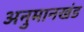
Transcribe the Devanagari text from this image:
अनुमानखंड